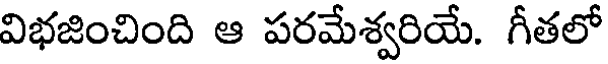
విభజించింది ఆ పరమేశ్వరియే. గీతలో